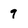
Character: 9